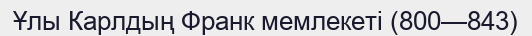
Ұлы Карлдың Франк мемлекеті (800—843)